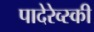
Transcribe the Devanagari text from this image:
पादेरेव्स्की